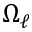
\Omega _ { \ell }